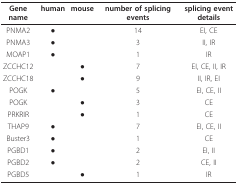
<table><thead><tr><td><b>Gene name</b></td><td><b>human</b></td><td><b>mouse</b></td><td><b>number of splicing events</b></td><td><b>splicing event details</b></td></tr></thead><tbody><tr><td>PNMA2</td><td>●</td><td></td><td>14</td><td>EI, CE</td></tr><tr><td>PNMA3</td><td>●</td><td></td><td>3</td><td>II, IR</td></tr><tr><td>MOAP1</td><td>●</td><td></td><td>1</td><td>IR</td></tr><tr><td>ZCCHC12</td><td></td><td>●</td><td>7</td><td>EI, CE, II, IR</td></tr><tr><td>ZCCHC18</td><td></td><td>●</td><td>9</td><td>II, IR, EI</td></tr><tr><td>POGK</td><td>●</td><td></td><td>5</td><td>EI, CE, II</td></tr><tr><td>POGK</td><td></td><td>●</td><td>3</td><td>CE</td></tr><tr><td>PRKRIR</td><td></td><td>●</td><td>1</td><td>CE</td></tr><tr><td>THAP9</td><td>●</td><td></td><td>7</td><td>EI, CE, II</td></tr><tr><td>Buster3</td><td>●</td><td></td><td>1</td><td>CE</td></tr><tr><td>PGBD1</td><td>●</td><td></td><td>2</td><td>EI, II</td></tr><tr><td>PGBD2</td><td>●</td><td></td><td>2</td><td>CE, II</td></tr><tr><td>PGBD5</td><td></td><td>●</td><td>1</td><td>IR</td></tr></tbody></table>